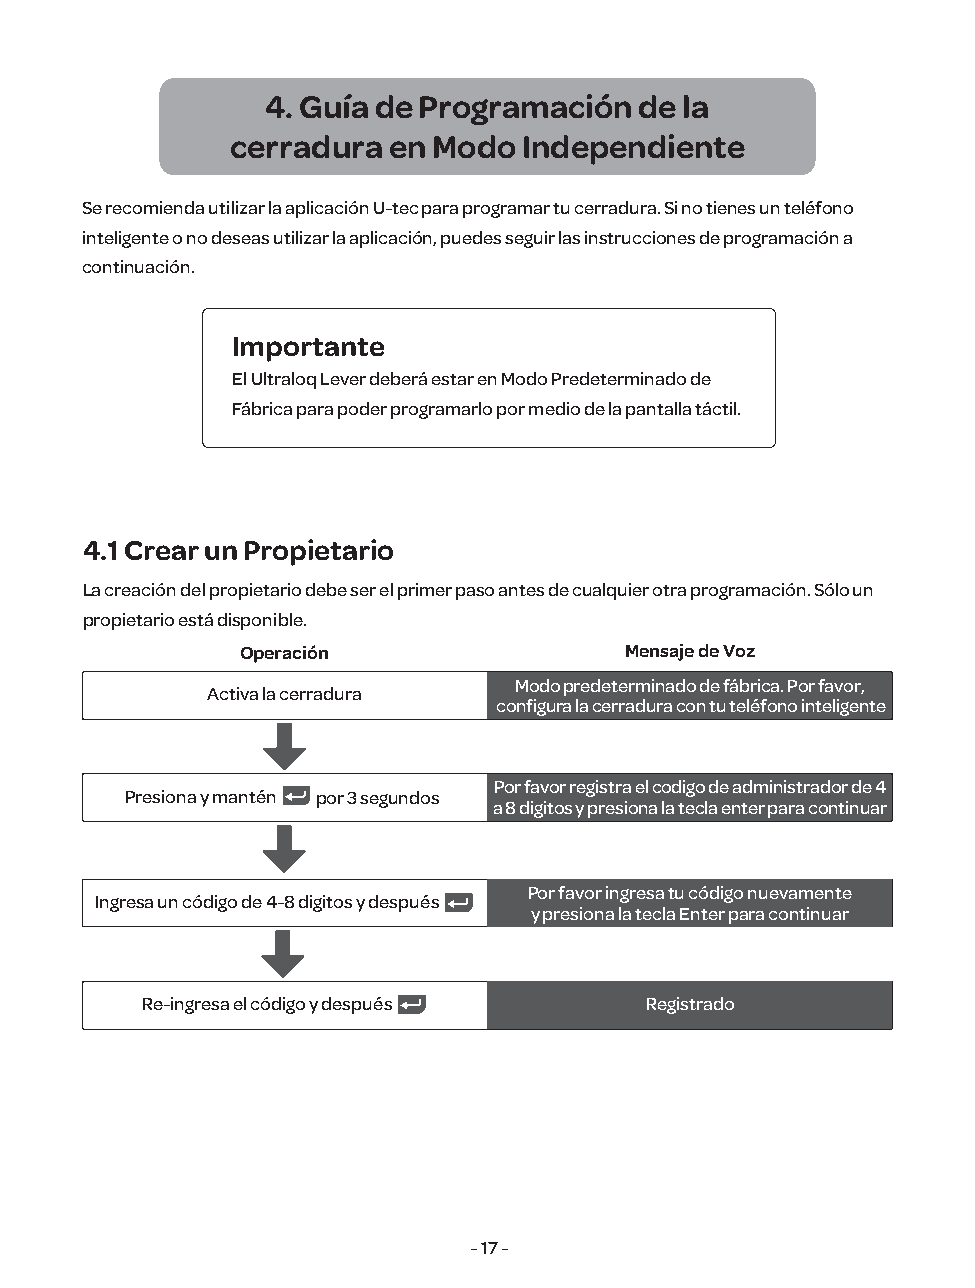
4. Guía de Programación de la
 cerradura  en Modo  Independiente
 Se recomienda utilizar la aplicación U-tec para programar tu cerradura. Si no tienes un teléfono
 inteligente o no deseas utilizar la aplicación, puedes seguir las instrucciones de programación a
 continuación.
 Importante
 El Ultraloq Lever deberá estar en Modo Predeterminado de
 Fábrica para poder programarlo por medio de la pantalla táctil.
 4.1 Crear un Propietario
 La creación del propietario debe ser el primer paso antes de cualquier otra programación. Sólo un
 propietario está disponible.
 Operación                Mensaje de Voz
 Modo predeterminado de fábrica. Por favor,
 Activa la cerradura
 configura la cerradura con tu teléfono inteligente
 Por favor registra el codigo de administrador de 4
 Presiona y mantén por 3 segundos
 a 8 digitos y presiona la tecla enter para continuar
 Por favor ingresa tu código nuevamente
 Ingresa un código de 4-8 digitos y después
 y presiona la tecla Enter para continuar
 Re-ingresa el código y después    Registrado
 - 17 -